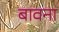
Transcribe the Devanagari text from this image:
बावना